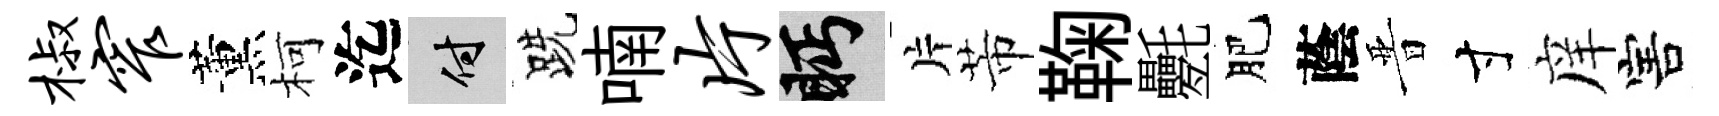
椒窄薰柯迄付跣喃片眄片芾鞠氎肥蔭晋寸庠害